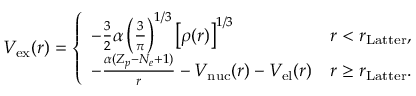
\begin{array} { r } { V _ { \mathrm { e x } } ( r ) = \left\{ \begin{array} { l l } { - \frac { 3 } { 2 } \alpha \left( \frac { 3 } { \pi } \right) ^ { 1 / 3 } \left[ \rho ( r ) \right] ^ { 1 / 3 } } & { r < r _ { \mathrm { L a t t e r } } , } \\ { - \frac { \alpha ( Z _ { p } - N _ { e } + 1 ) } { r } - V _ { \mathrm { n u c } } ( r ) - V _ { \mathrm { e l } } ( r ) } & { r \geq r _ { \mathrm { L a t t e r } } . } \end{array} \right. } \end{array}